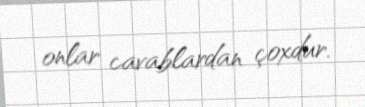
onlar cavablardan çoxdur.